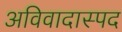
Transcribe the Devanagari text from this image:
अविवादास्पद